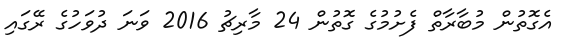
އެގޮތުން މުބާރާތް ފެށުމުގެ ގޮތުން 24 މާރިޗު 2016 ވަނަ ދުވަހުގެ ރޭގައި